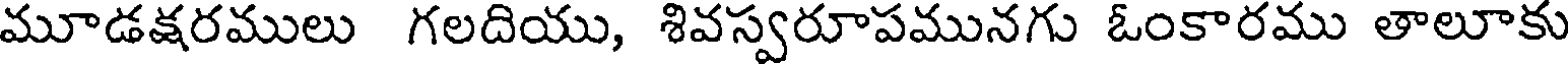
మూడకరములు గలదియు, శివస్వరూపమునగు ఓంకారము తాలూకు